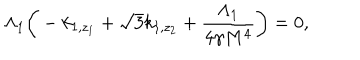
\Lambda _ { 1 } \bigg ( - k _ { 1 , z _ { 1 } } + \sqrt { 3 } k _ { 1 , z _ { 2 } } + \frac { \Lambda _ { 1 } } { 4 \gamma M ^ { 4 } } \bigg ) = 0 ,